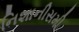
નિશાનીસમી